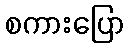
စကားပြော